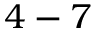
4 - 7